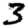
Digit: 3